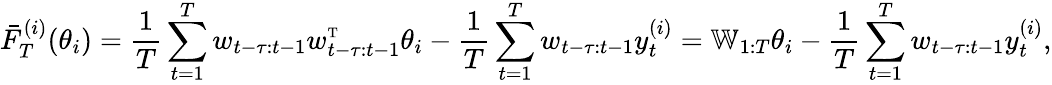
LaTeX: \bar{F}_{T}^{(i)}(\theta_{i})=\frac{1}{T}\sum_{t=1}^{T}w_{t-\tau:t-1}w_{t-\tau:t-1}^{\mathrm{\scriptscriptstyle T}}\theta_{i}-\frac{1}{T}\sum_{t=1}^{T}w_{t-\tau:t-1}y_{t}^{(i)}=\mathbb{W}_{1:T}\theta_{i}-\frac{1}{T}\sum_{t=1}^{T}w_{t-\tau:t-1}y_{t}^{(i)},